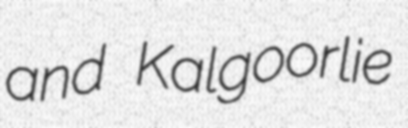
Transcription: and Kalgoorlie